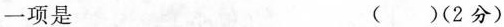
一项是 ( )(2分)